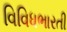
વિવિધભારતી